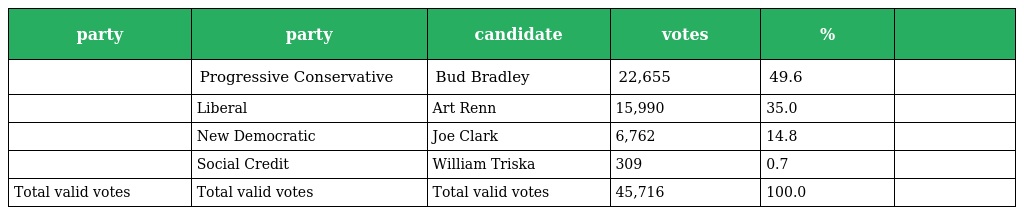
| party | party | candidate | votes | % |  |
 | --- | --- | --- | --- | --- | --- |
 |  | Progressive Conservative | Bud Bradley | 22,655 | 49.6 |  |
 |  | Liberal | Art Renn | 15,990 | 35.0 |  |
 |  | New Democratic | Joe Clark | 6,762 | 14.8 |  |
 |  | Social Credit | William Triska | 309 | 0.7 |  |
 | Total valid votes | Total valid votes | Total valid votes | 45,716 | 100.0 |  |